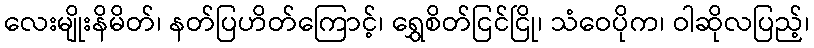
လေးမျိုးနိမိတ်၊ နတ်ပြဟိတ်ကြောင့်၊ ရွှေစိတ်ငြင်ငြို၊ သံဝေပိုက၊ ဝါဆိုလပြည့်၊